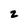
Character: 2